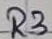
Text: R3